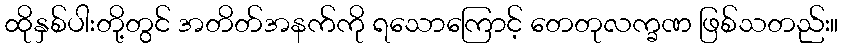
ထိုနှစ်ပါးတို့တွင် အတိတ်အနက်ကို ရသောကြောင့် တေတုလက္ခဏ ဖြစ်သတည်း။